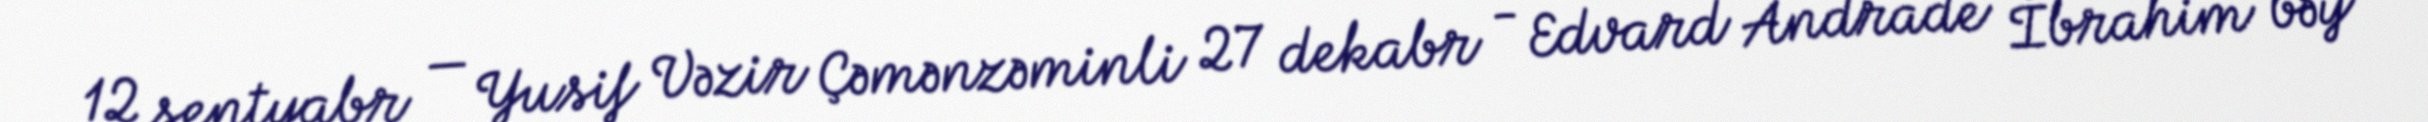
12 sentyabr — Yusif Vəzir Çəmənzəminli 27 dekabr - Edvard Andrade İbrahim bəy